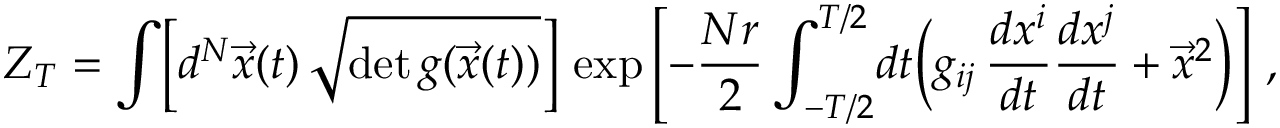
{ \cal Z } _ { T } = \int \! \left[ d ^ { N } \vec { x } ( t ) \, \sqrt { \operatorname * { d e t } g ( \vec { x } ( t ) ) } \right] \, \exp \left[ - { \frac { N r } { 2 } } \int _ { - T / 2 } ^ { T / 2 } \! d t \Bigl ( g _ { i j } \, { \frac { d x ^ { i } } { d t } } { \frac { d x ^ { j } } { d t } } + { \vec { x } } ^ { 2 } \Bigr ) \right] \, ,